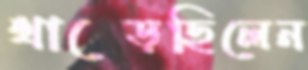
থাক্‌ড়েছিলেন